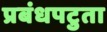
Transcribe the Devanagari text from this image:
प्रबंधपटुता